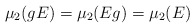
\begin{align*}\mu_2(g E)=\mu_2(E g) =\mu_2(E)\end{align*}